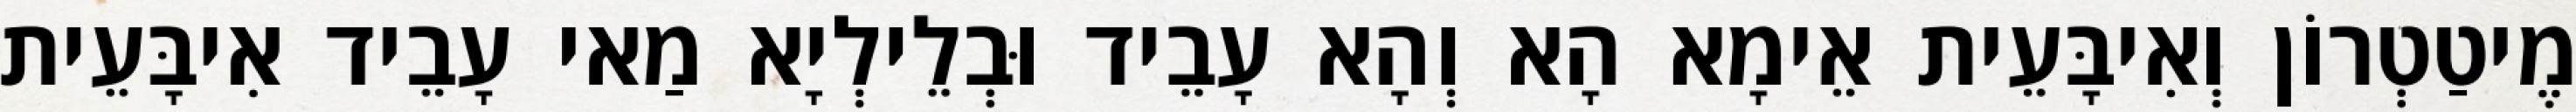
מֶיטַטְרוֹן וְאִיבָּעֵית אֵימָא הָא וְהָא עָבֵיד וּבְלֵילְיָא מַאי עָבֵיד אִיבָּעֵית